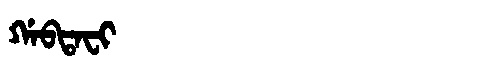
Manchu: ᡤᠠᠪᡨᠠᠸᡳ
Romanization: GABTAFI